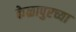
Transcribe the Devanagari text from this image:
केळापुरच्या